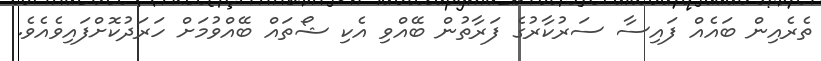
ތެރެއިން ބައެއް ފައިސާ ސަރުކާރުގެ ފަރާތުން ބޭއްވި އެކި ޝޯތައް ބޭއްވުމަށް ހަރަދުކޮށްފައިވެއެވެ.